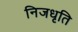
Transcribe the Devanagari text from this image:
निजधृति